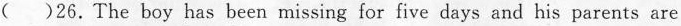
( )26.The boy has been missing for five days and his parents are